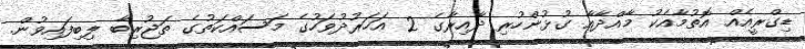
ޑިގްރީއެއް އޮތުމާއެކު މާއްދާއާ ގުޅުންހުރި ދާއިރާގެ 2 އަހަރުދުވަހުގެ މަސައްކަތުގެ ތަޖުރިބާ ލިބިފައިވުން.